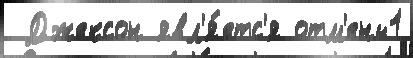
 Джексон явл'я́етс'я отм'ены1